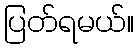
ပြတ်ရမယ်။